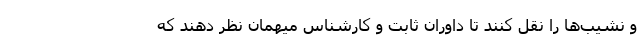
و نشیب‌ها را نقل کنند تا داوران ثابت و کارشناس میهمان نظر دهند که